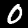
Digit: 0